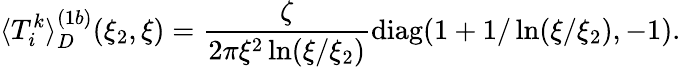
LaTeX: \langle T_{i}^{k}\rangle_{D}^{(1b)}(\xi_{2},\xi)=\frac{\zeta}{2\pi\xi^{2}\ln(\xi/\xi_{2})}{\mathrm{diag}}(1+1/\ln(\xi/\xi_{2}),-1).